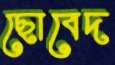
ছোবেদ